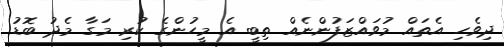
ދިވެހި އެތައް މުވައްޒަފުންނެއް ތިބީ އެ މީހުންގެ ކުރި މަގާ މެދު ބޮޑު